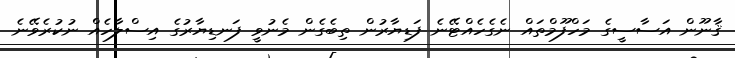
ޤާނޫން އަސާސީގެ މަހްފޫމްތައް ނެގެހެއްޓޭނެ ފަޑިޔާރުން ތިބެގެން މެނުވީ ފަނޑިޔާރުގެ އިސްލާހެއް ނުކުރެވޭނެ